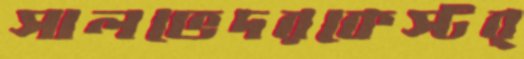
সালভেদরকেস্টর্